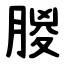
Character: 朡